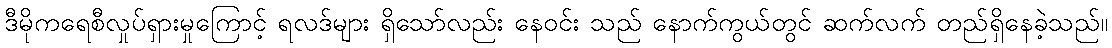
ဒီမိုကရေစီလှုပ်ရှားမှုကြောင့် ရလဒ်များ ရှိသော်လည်း နေဝင်း သည် နောက်ကွယ်တွင် ဆက်လက် တည်ရှိနေခဲ့သည်။